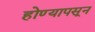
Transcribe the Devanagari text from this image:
होण्यापसून